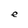
Character: e